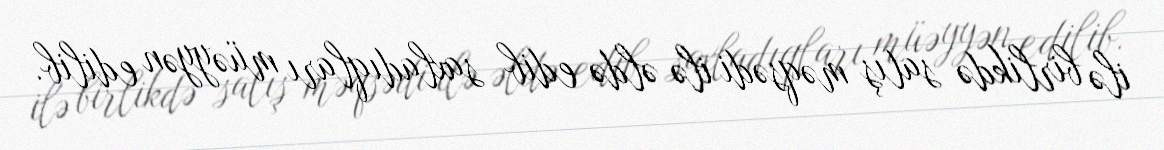
ilə birlikdə satış məqsədi ilə əldə edib saxladıqları müəyyən edilib.